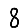
Digit: 8